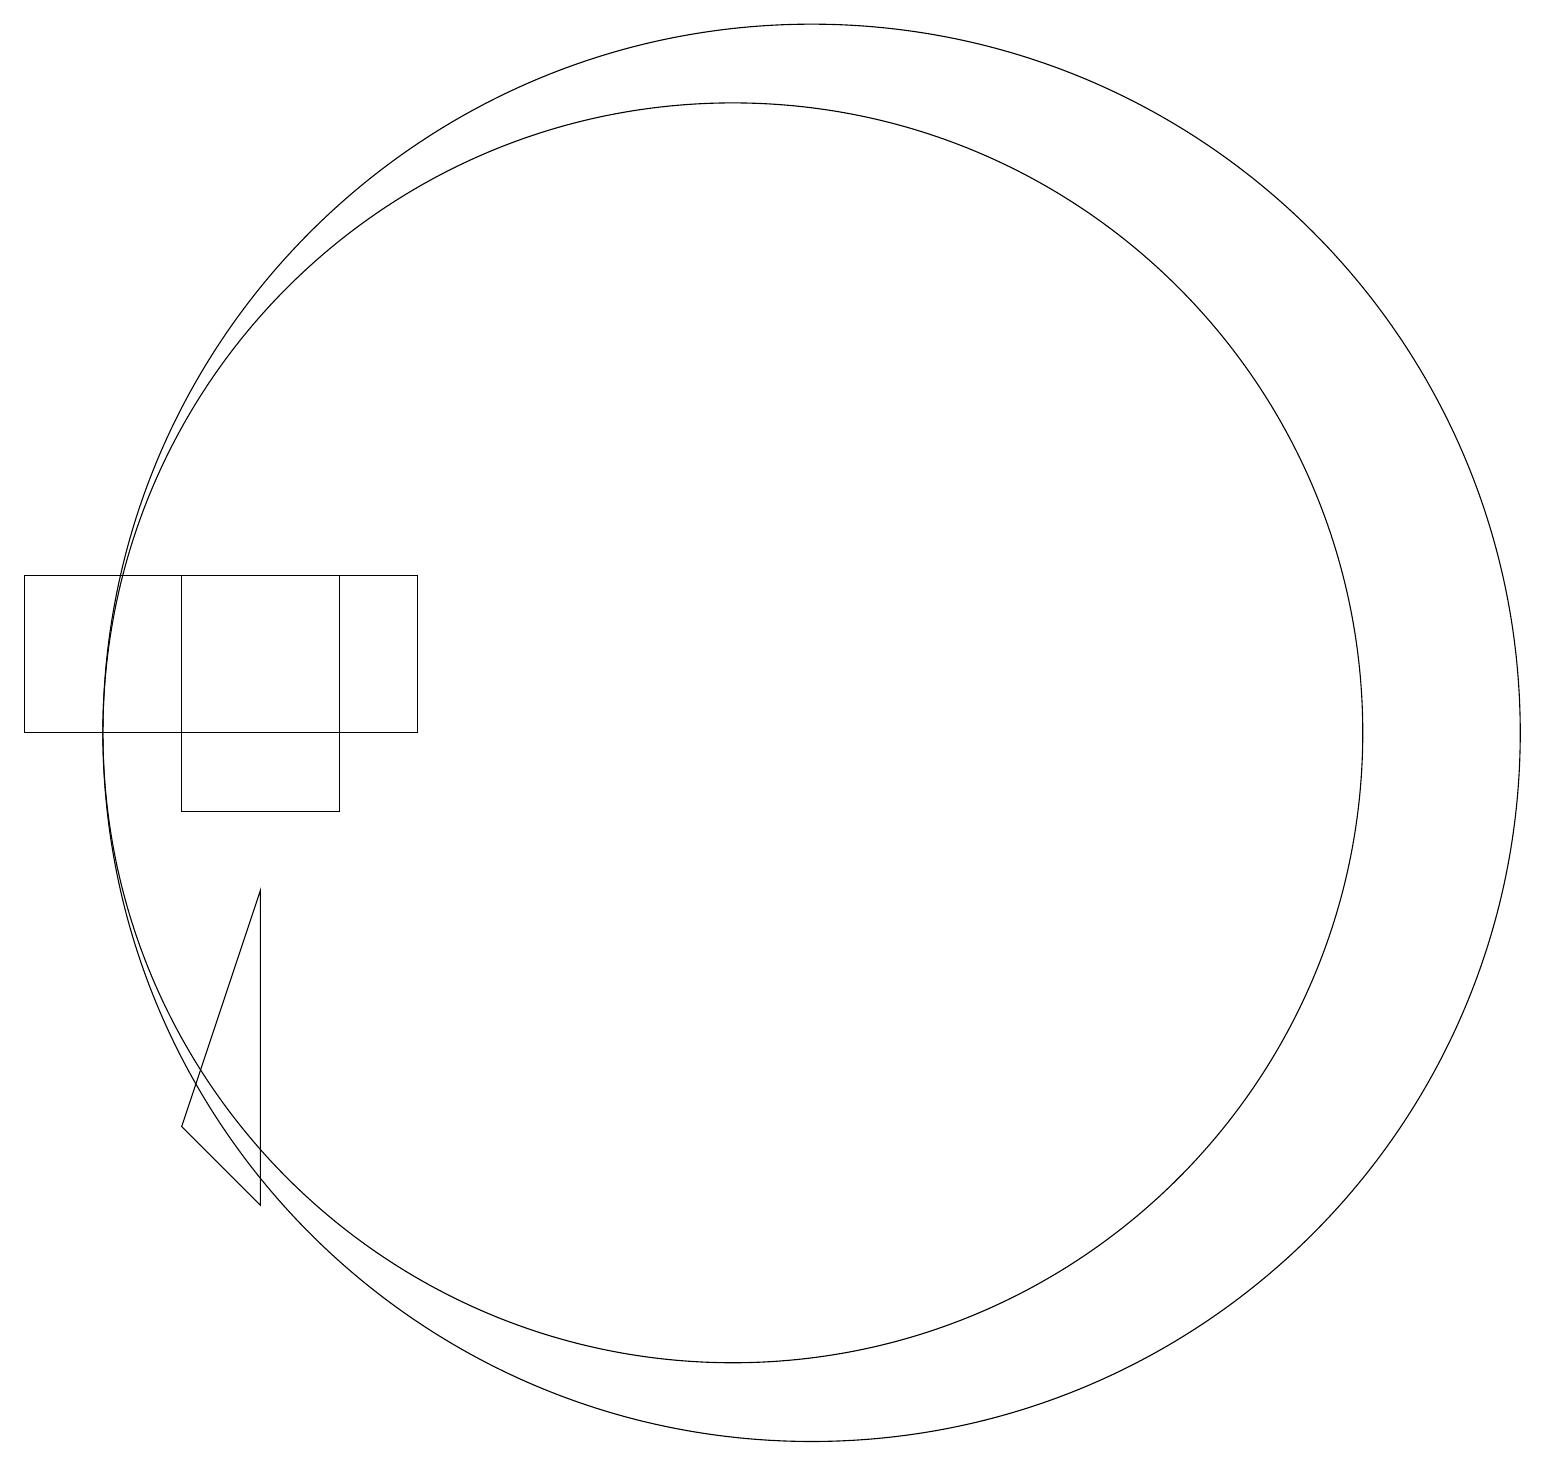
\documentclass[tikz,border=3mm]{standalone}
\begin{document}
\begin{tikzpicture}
\draw (11,11) circle (9);
\draw (1,11) rectangle (6,13);
\draw (3,10) rectangle (5,13);
\draw (10,11) circle (8);
\draw (3,6) -- (4,5) -- (4,9) -- cycle;
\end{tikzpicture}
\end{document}